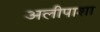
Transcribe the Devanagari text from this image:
अलीपाशा